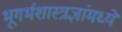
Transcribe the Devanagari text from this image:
भूगर्भशास्त्रज्ञांमध्ये